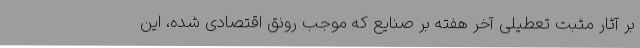
بر آثار مثبت تعطیلی آخر هفته بر صنایع که موجب رونق اقتصادی شده، این